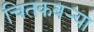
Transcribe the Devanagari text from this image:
चितकबऱ्या